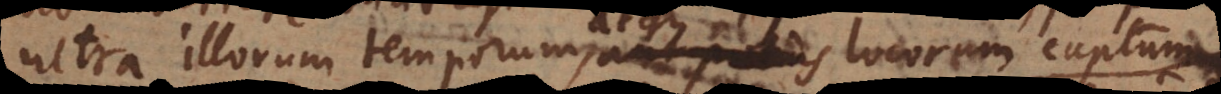
ultra illorum temporum, aut potius locorum captum,